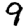
Digit: 9